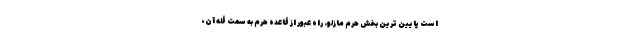
است پایین ترین بخش هرم مازلو. راه عبور از قاعده هرم به سمت قله آن،